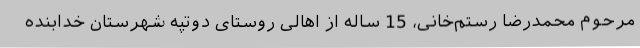
مرحوم محمدرضا رستم‌خانی، 15 ساله از اهالی روستای دوتپه شهرستان خدابنده